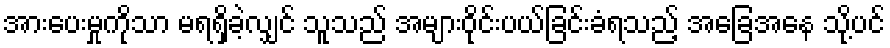
အားပေးမှုကိုသာ မရရှိခဲ့လျှင် သူသည် အများဝိုင်းပယ်ခြင်းခံရသည့် အခြေအနေ သို့ပင်